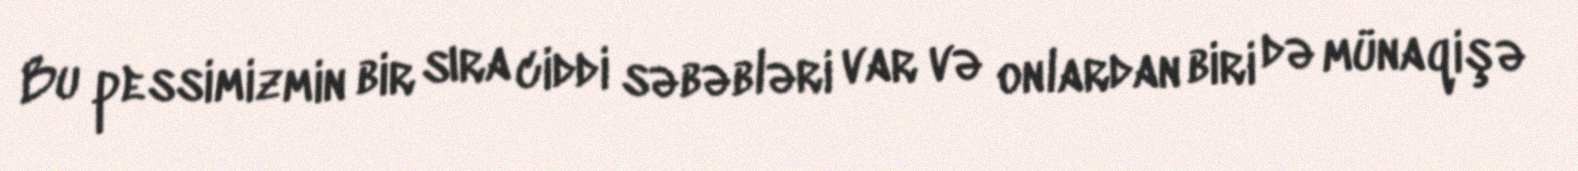
Bu pessimizmin bir sıra ciddi səbəbləri var və onlardan biri də münaqişə